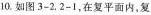
10.如图3-2.2-1，在复平面内，复